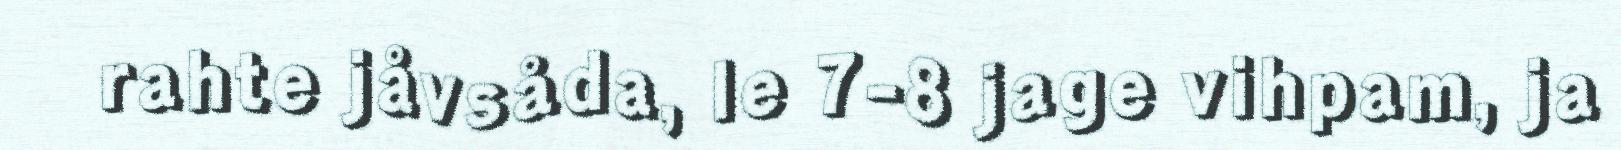
rahte jåvsåda, le 7-8 jage vihpam, ja